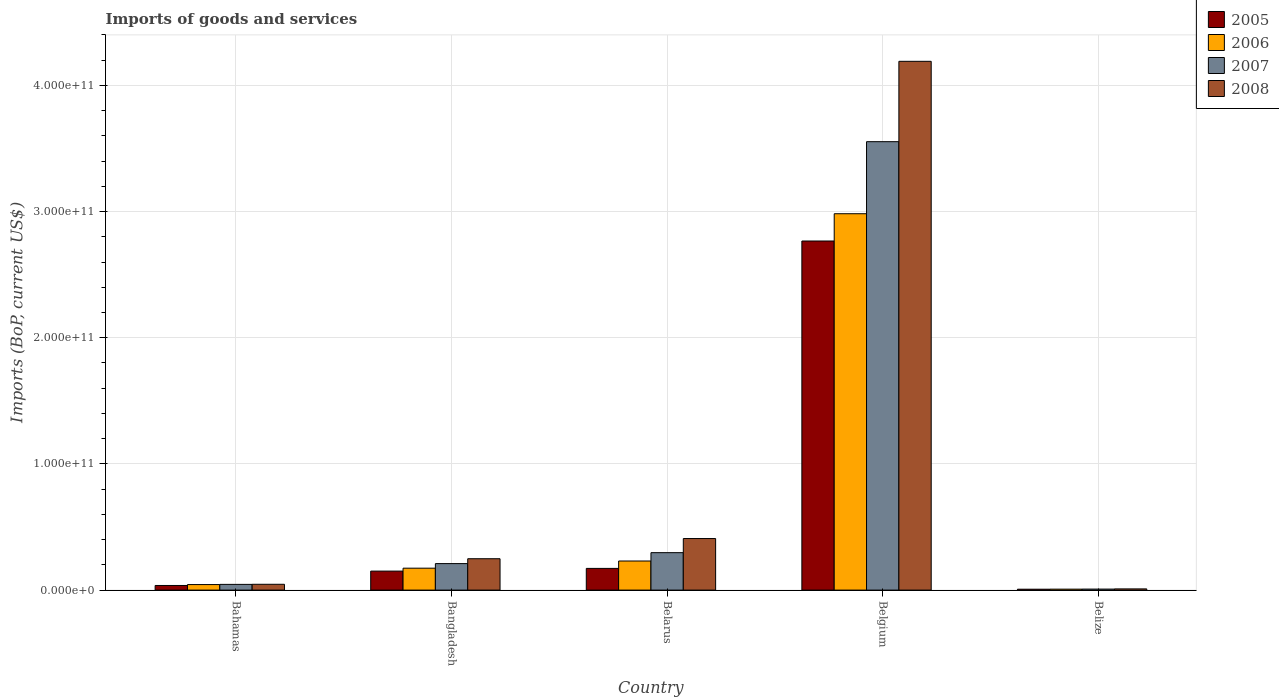
| Country | 2005 | 2006 | 2007 | 2008 |
 | --- | --- | --- | --- | --- |
 | Bahamas | 3.66e+09 | 4.38e+09 | 4.54e+09 | 4.6e+09 |
 | Bangladesh | 1.51e+10 | 1.74e+10 | 2.1e+10 | 2.49e+10 |
 | Belarus | 1.72e+10 | 2.31e+10 | 2.97e+10 | 4.09e+10 |
 | Belgium | 2.77e+11 | 2.98e+11 | 3.55e+11 | 4.19e+11 |
 | Belize | 7.03e+08 | 7.5e+08 | 8.03e+08 | 9.58e+08 |